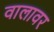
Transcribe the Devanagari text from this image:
वालावर